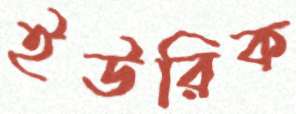
ইউরিক